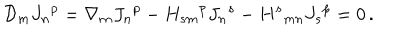
{ \cal D } _ { m } { J _ { n } } ^ { p } = \nabla _ { m } { J _ { n } } ^ { p } - H _ { s m } { } ^ { p } { J _ { n } } ^ { s } - { H ^ { s } } _ { m n } { J _ { s } } ^ { p } = 0 \, .